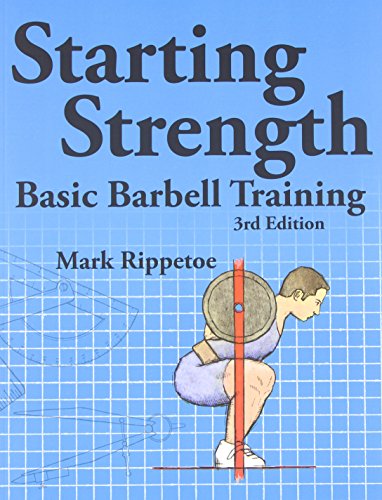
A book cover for Starting Strength:  Basic Barbell Training, 3rd edition; Mark Rippetoe; Health, Fitness & Dieting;